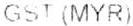
GST (MYR)